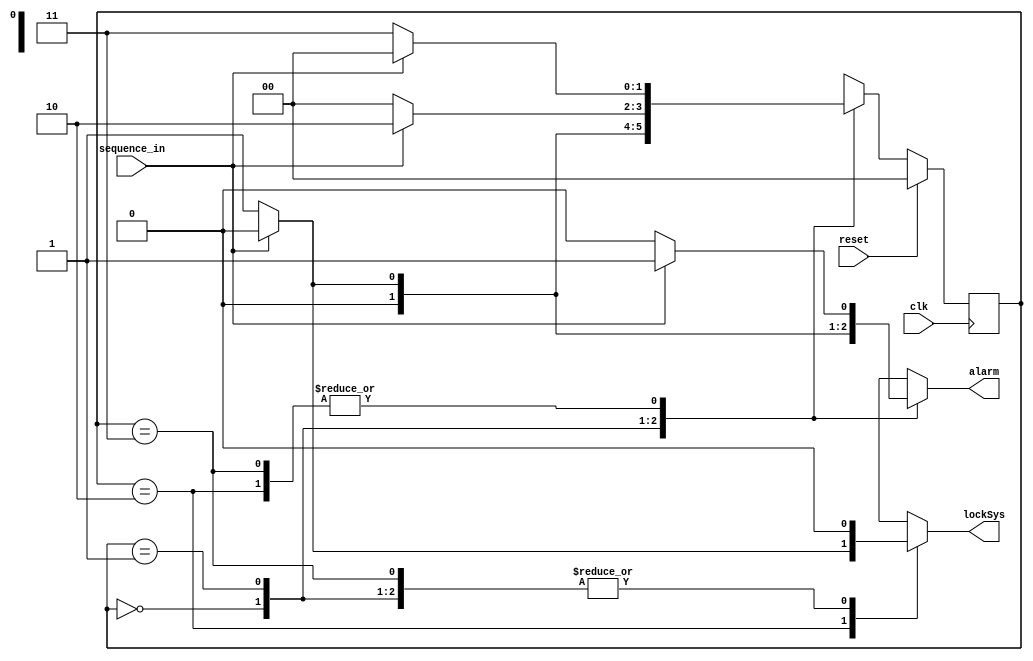

module electric_lock (
    input sequence_in, input reset, input clk, output reg lockSys, output reg alarm 
);


    parameter s0 = 0;
    parameter s1 = 1;
    parameter s2 = 2;
    parameter s3 = 3;


    reg [1:0] state, next_state;

    always @(posedge clk) 
        begin
            if(reset)
            begin
                state = s0;
            end
            else
                state = next_state;
        end

    always @(*)
    begin
        
        case (state)
            s0:
                begin
                    if(sequence_in == 1)
                    begin
                        alarm = 0;
                        lockSys = 0;
                        next_state = s0;
                    end
                    else
                    begin // if sequence_in = 0
                        lockSys = 0;
                        alarm = 0;
                        next_state = s1;
                    end
                end

            s1:           
                begin
                    if(sequence_in == 1)
                    begin
                        alarm = 0;
                        lockSys = 0;
                        next_state = s2;
                    end
                    else    // if sequence_in = 0
                    begin
                        lockSys = 0;
                        alarm = 1;
                        next_state = s0;
                    end
                end

            s2:           
                begin
                    if(sequence_in == 0)
                    begin
                        alarm = 0;
                        lockSys = 1;
                        next_state = s3;
                    end
                    else    // if sequence_in = 1
                    begin
                        lockSys = 0;
                        alarm = 1;
                        next_state = s0;
                    end
                end
            
            s3:
                begin
                    if(sequence_in == 0 )
                    begin
                        alarm = 0;
                        lockSys = 0;
                        next_state = s3;
                    end
                    else     // if sequence_in = 1
                    begin
                        lockSys = 0;
                        alarm = 1;
                        next_state = s0;
                    end
                end             
        endcase

    end
endmodule //electric_lock
module tst_lock;

	reg sequence_in,reset,clk;
	wire lockSys,alarm;
	
	
	electric_lock e1(sequence_in, reset, clk, lockSys,  alarm );
	initial	begin
		clk = 0;
		sequence_in = 0;
		#10 sequence_in= 1;
		#20 sequence_in = 0;
		#20 sequence_in= 0;
		#20 sequence_in= 1;
		#20 sequence_in= 0;
		#20 sequence_in= 1;
	end
	
	initial	begin		
		reset = 1;
		#10 reset = 0;			
	end			
	
	always 
		#10 clk = ~clk;	
		initial
$monitor($time, "----%b %b %b %b", sequence_in,lockSys, alarm, reset);
		
endmodule